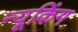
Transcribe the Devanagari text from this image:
न्यूकिंग